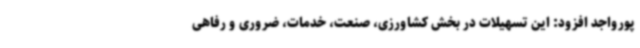
پورواجد افزود: این تسهیلات در بخش کشاورزی، صنعت، خدمات، ضروری و رفاهی